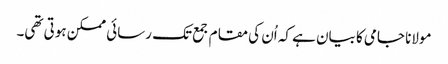
مولانا جامی کا بیان ہے کہ اُن کی مقام جمع تک رسائی ممکن ہوتی تھی۔